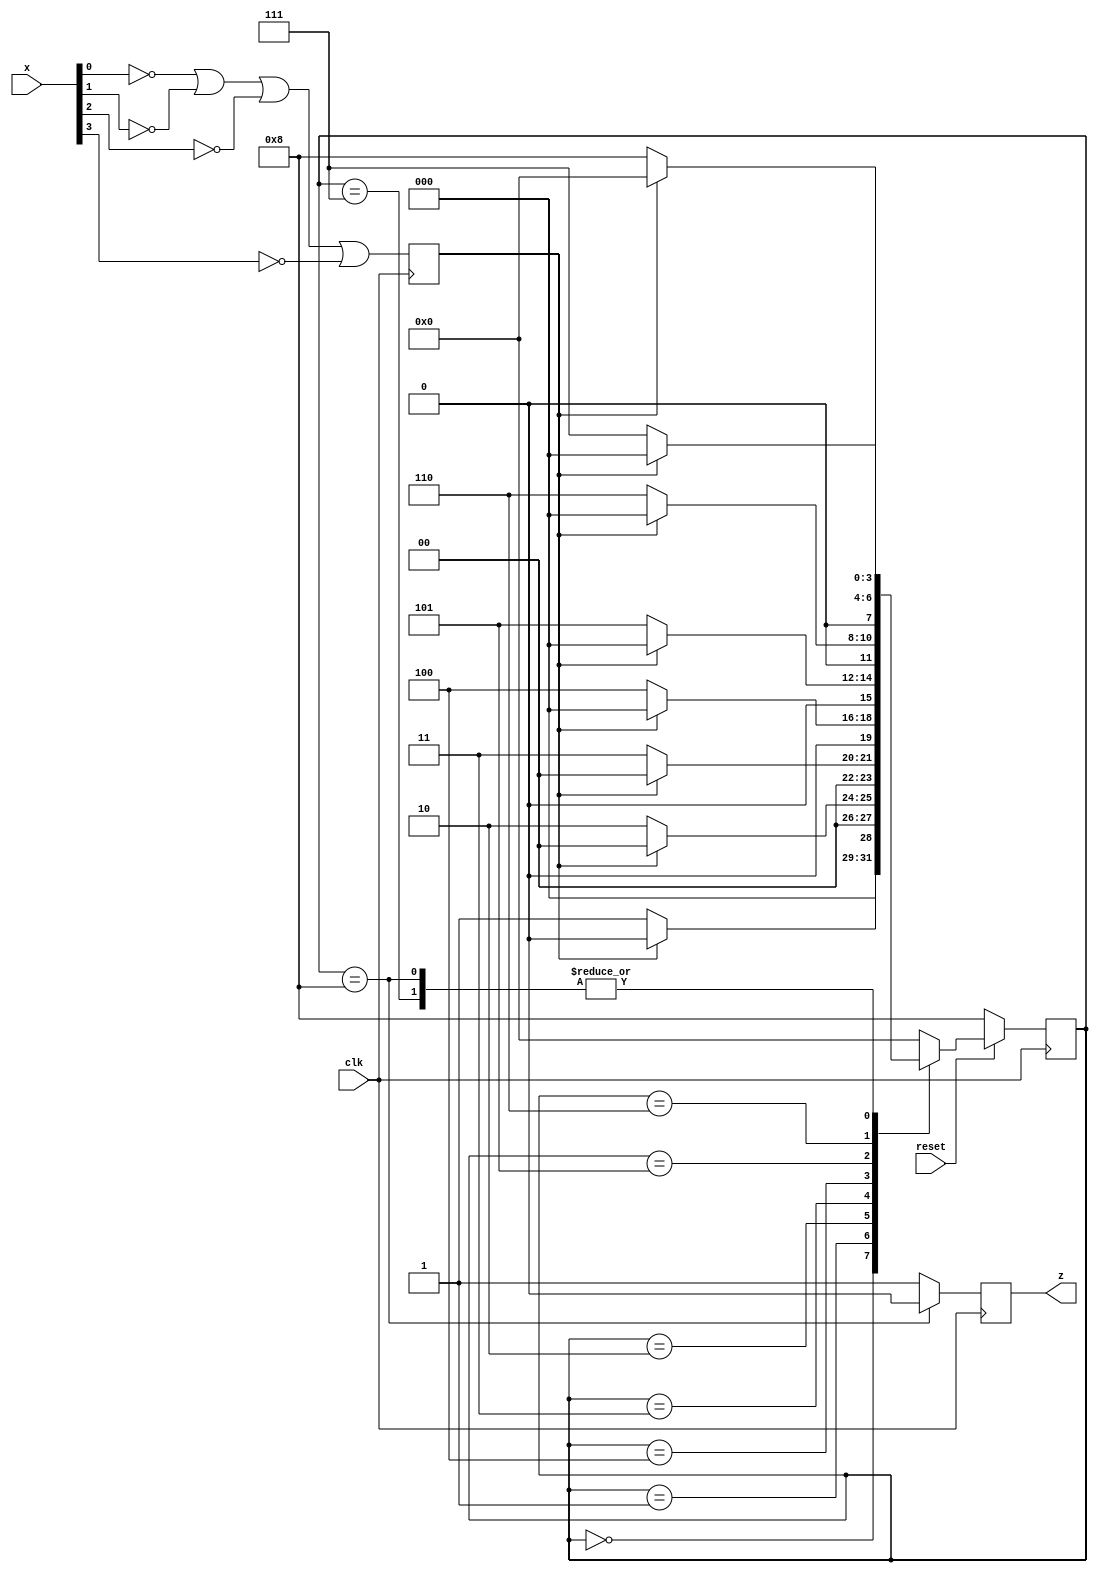
module detector(clk, x, z, reset);
	// detect for (11111111)
	input clk, reset;
	input [3:0] x;
	output reg z;
	reg[3:0] cur_state, next_state;
	reg sx;
	always@(posedge clk)
		begin
			if(!reset)
				cur_state <= 8;
			else
				cur_state <= next_state;
				
			if (cur_state == 8) z=0;
			else z=1;
			sx = (~x[0] | ~x[1] | ~x[2] | ~x[3]);
			//for x, 0 is pressed, for sx, 1 is pressed
		end

	always@(cur_state or sx)
		begin
			
			case(cur_state)
				0: if(!sx) next_state<=1; else next_state<=0;
				1: if(!sx) next_state<=2; else next_state<=0;
				2: if(!sx) next_state<=3; else next_state<=0;
				3: if(!sx) next_state<=4; else next_state<=0;
				4: if(!sx) next_state<=5; else next_state<=0;
				5: if(!sx) next_state<=6; else next_state<=0;
				6: if(!sx) next_state<=7; else next_state<=0;
				7: if(!sx) next_state<=8; else next_state<=0;
				8: if(!sx) next_state<=8; else next_state<=0;
				default: next_state<=0;
			endcase
		end
endmodule